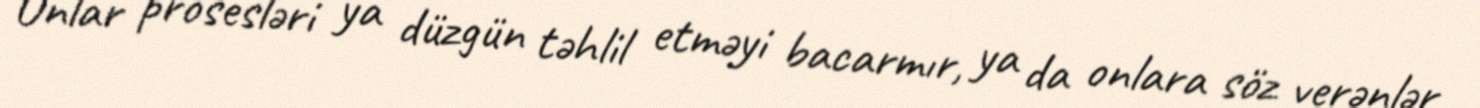
Onlar prosesləri ya düzgün təhlil etməyi bacarmır, ya da onlara söz verənlər